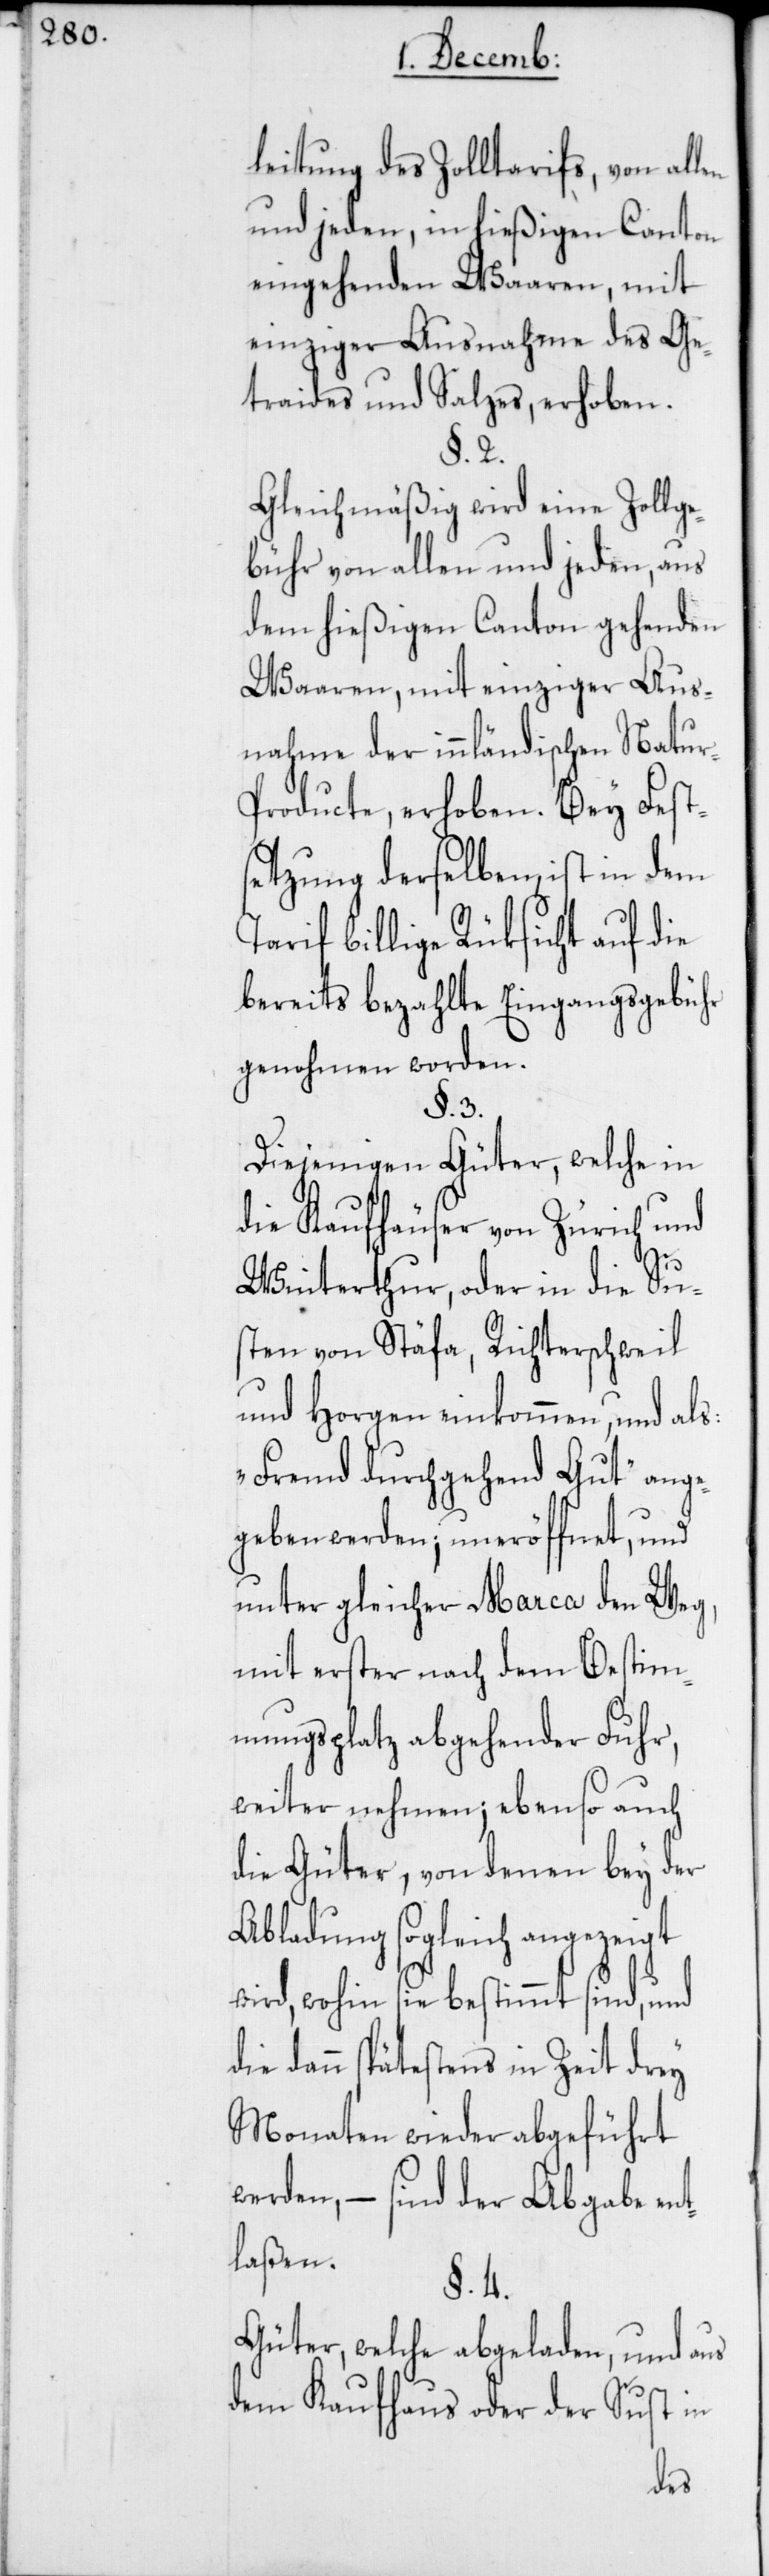
leitung des Zolltarifs, von allen
und jeden, in hießigen Canton
eingehenden Waaren, mit
einziger Ausnahme des Ge¬
traides und Salzes, erhoben.
§. 2.
Gleichmäßig wird eine Zollge¬
bühr von allen und jeden, aus
dem hießigen Canton gehenden
Waaren, mit einziger Aus¬
nahme der innländischen Natu¬
r-Producte, erhoben. Bey Fest¬
setzung derselben, ist in dem
Tarif billige Rüksicht auf die
bereits bezahlte Eingangsgebühr
genohmen worden.
§. 3.
Diejenigen Güter, welche in
die Kaufhäuser von Zürich und
Winterthur, oder in die Su¬
sten von Stäfa, Richterschweil
und Horgen einkommen, und als:
„Fremd durchgehend Gut“ ange¬
geben werden; uneröffnet, und
unter gleicher Marca den Weg,
mit erster nach dem Bestim¬
mungsplatz abgehender Fuhr,
weiter nehmen; ebenso auch
die Güter, von denen bey der
Abladung sogleich angezeigt
wohin sie bestimmt sind, und
die dann spätestens in Zeit drey
Monaten wieder abgeführt
werden, – sind der Abgabe en¬
tlaßen.
§. 4.
Güter, welche abgeladen, und aus
dem Kaufhaus oder der Sust in